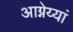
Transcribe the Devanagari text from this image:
आग्नेय्यां